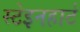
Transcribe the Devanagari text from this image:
स्टेइनहार्ट